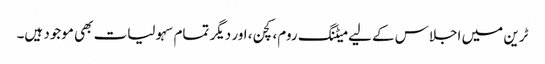
ٹرین میں اجلاس کے لیے میٹنگ روم، کچن، اور دیگر تمام سہولیات بھی موجود ہیں۔